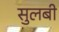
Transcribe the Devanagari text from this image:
सुलबी